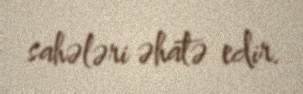
sahələri əhatə edir.